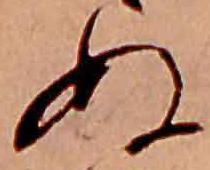
ぬ